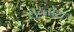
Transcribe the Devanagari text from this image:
सन्तोश